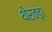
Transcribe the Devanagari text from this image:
थेरवड़ा